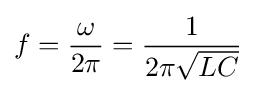
f={\omega  \over 2\pi }={1 \over {2\pi {\sqrt {LC}}}}